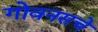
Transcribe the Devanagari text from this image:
गोवनसचे